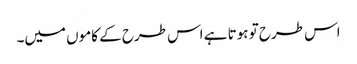
اس طرح تو ہوتا ہے اس طرح کے کاموں میں۔